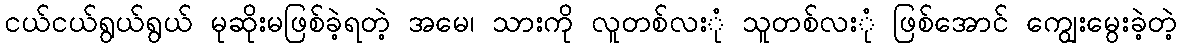
ငယ်ငယ်ရွယ်ရွယ် မုဆိုးမဖြစ်ခဲ့ရတဲ့ အမေ၊ သားကို လူတစ်လးုံ သူတစ်လးုံ ဖြစ်အောင် ကျွေးမွေးခဲ့တဲ့